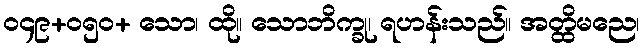
၀၄၉+၀၅၀+ သော၊ ထို။ သောဘိက္ခု၊ ရဟန်းသည်။ အတ္ထိမညေ၊